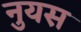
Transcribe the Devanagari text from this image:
नुयस